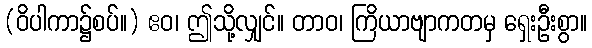
(ဝိပါကာ၌စပ်။) ဧဝ၊ ဤသို့လျှင်။ တာဝ၊ ကြိယာဗျာကတမှ ရှေးဦးစွာ။